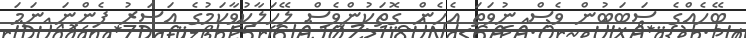
ބޭހެއްގެ ސަބަބުން ވެސް ނުވަތަ އެހެން ގޮތަކުންވެސް ލޭހަލާކުވާކަމުގެ އަސަރު ފެންނަ ނަމަ